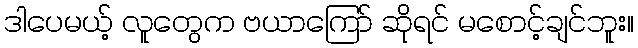
ဒါပေမယ့် လူတွေက ဗယာကြော် ဆိုရင် မစောင့်ချင်ဘူး။